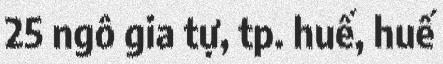
25 ngô gia tự, tp. huế, huế